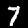
Label: 7